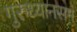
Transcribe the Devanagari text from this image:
गुरुध्यानसमं